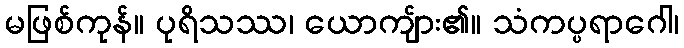
မဖြစ်ကုန်။ ပုရိသဿ၊ ယောကျ်ား၏။ သံကပ္ပရာဂေါ၊